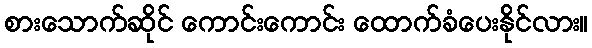
စားသောက်ဆိုင် ကောင်းကောင်း ထောက်ခံပေးနိုင်လား။